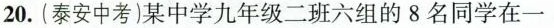
20.(泰安中考)某中学九年级二班六组的8名同学在一